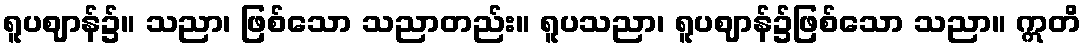
ရူပဈာန်၌။ သညာ၊ ဖြစ်သော သညာတည်း။ ရူပသညာ၊ ရူပဈာန်၌ဖြစ်သော သညာ။ ဣတိ